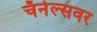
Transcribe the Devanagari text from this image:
चॅनेल्सवर